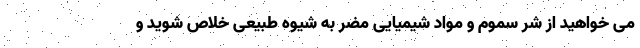
می خواهید از شر سموم و مواد شیمیایی مضر به شیوه طبیعی خلاص شوید و